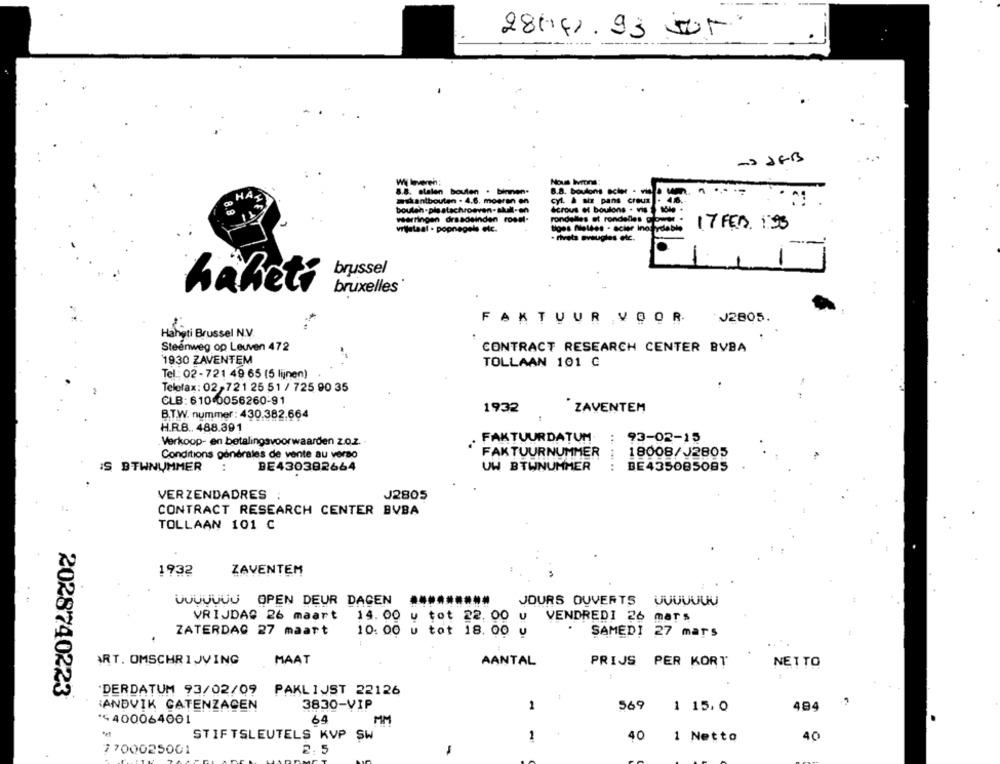
28442.93 05
-> JEB
Nous Ivrons:
8.8. stalen bouten . binnen.
8.8. boulons scher .
HAS
4.6.
miskantbouten . 4.6. moaran en
cyl. & siz pans creux
bouten- ple atschroeven-skull-en
écrous of boulons . vis
waarringen drasdeinden roast-
rondelles et rondelles course .
vrijstaat . popnagels elc.
siges Moldes - actor Incirdable
17 FEB. : 95
. niveta aveugles etc.
1
brussel
habeti
bruxelles
FAKTUUR VOOR.
J2805.
Hangti Brussel N.V.
Steenweg op Leuven 472
CONTRACT RESEARCH CENTER BVBA
1930 ZAVENTEM
TOLLAAN 101 C
Tel .: 02-721 49 65 (5 lijnen)
Telefax: 02-721 25 51 / 725 90 35
CLB: 610 0056260-91
1932
ZAVENTEM
B.T.W. nummer: 430.382.664
H.R.B .. 488.391
Verkoop- en betalingsvoorwaarden z.o.z.
FAKTUURDATUM
93-02-15
Conditions générales de vente au verso
"FAKTUURNUMMER
18008/J2805
IS BTWNUMMER
:
BE430382664
UW BTWNUMMER
BE435085085
VERZENDADRES
J2805
CONTRACT RESEARCH CENTER BVBA
TOLLAAN 101 C
1932
ZAVENTEM
UUUUUUU OPEN DEUR DAGEN
JOURS OUVERTS
VRIJDAG 26 maart 14. 00 u tot 22. 00 u VENDREDI 26 mars
ZATERDAG 27 maart
10: 00 u tot 18. 00 u
SAMEDI 27 mars
ART. OMSCHRIJVING
MAAT
AANTAL
PRIJS PER KORT
NETTO
2028740223
DERDATUM 93/02/09
PAKLIJST 22126
SANDVIK CATENZAGEN
3830-VIP
1
569
1 15.0
484
*4400064001
64
MM
STIFTSLEUTELS KVP SW
1
40
1 Netto
40
2.5
7700025001
-